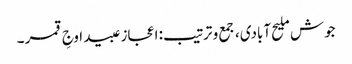
جوش ملیح آبادی، جمع و ترتیب: اعجاز عبید اوجِ قمر ۔